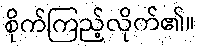
စိုက်ကြည့်လိုက်၏။